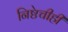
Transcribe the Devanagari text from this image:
निष्ठेचीही